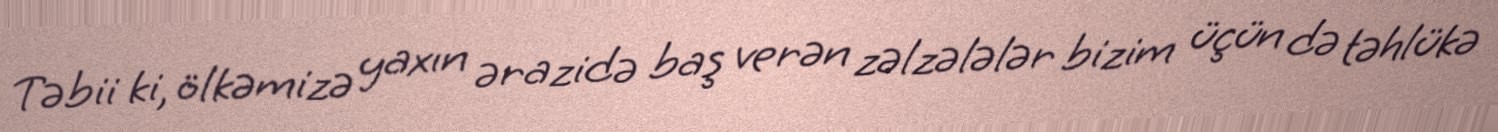
Təbii ki, ölkəmizə yaxın ərazidə baş verən zəlzələlər bizim üçün də təhlükə